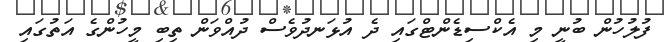
ފުލުހުން ބުނީ މި އެކްސިޑެންޓްގައި ދެ އުޅަނދުވެސް ދުއްވަން ތިބި މީހުންގެ އަތުގައި